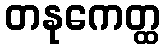
တနုကေတ္ထ